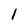
Character: l